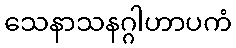
သေနာသနဂ္ဂါဟာပကံ